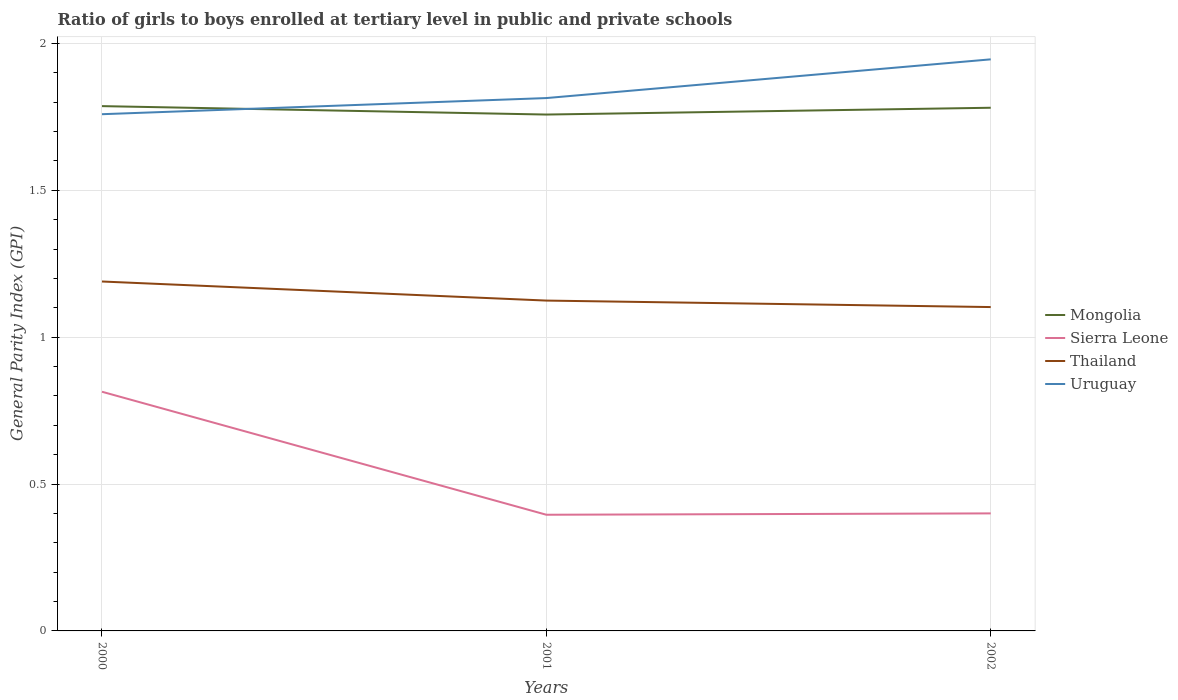
| Years | Mongolia | Sierra Leone | Thailand | Uruguay |
 | --- | --- | --- | --- | --- |
 | 2000 | 1.79 | 0.814 | 1.19 | 1.76 |
 | 2001 | 1.76 | 0.395 | 1.12 | 1.81 |
 | 2002 | 1.78 | 0.4 | 1.1 | 1.95 |